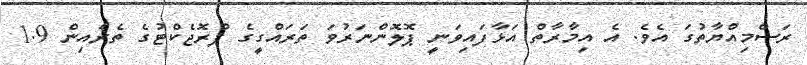
ރަސްމިއްޔާތުގަ އެވެ. އެ އިމާރާތް އަޅާފައިވަނީ ޕޮލޮންނަރުވަ ތަރައްގީގެ ޕްރޮޖެކްޓުގެ ތެރެއިން 1.9